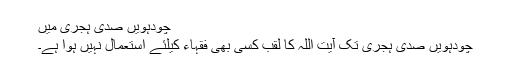
چودہویں صدی ہجری میں
چودہویں صدی ہجری تک آیت اللہ کا لقب کسی بھی فقہاء کیلئے استعمال نہیں ہوا ہے۔